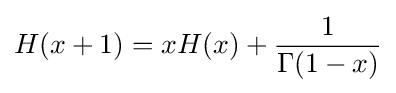
H(x+1)=xH(x)+{\frac {1}{\Gamma (1-x)}}